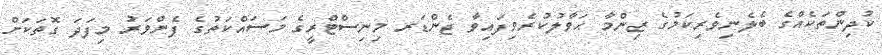
ކުދިންތަކެއްގެ ބެލެނިވެރިކަމުގެ ޒިންމާ ޙަވާލުކުރެވިފައިވާ ޖެންޑަރ މިނިސްޓްރީގެ މަސައްކަތުގެ ފެންވަރު މިފަދަ ގޮތަކަށް